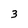
Character: 3